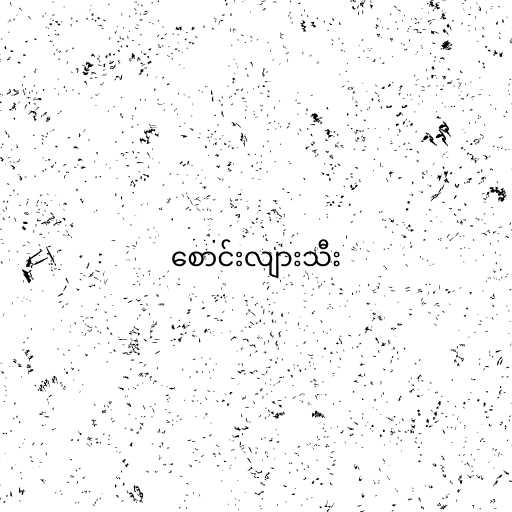
စောင်းလျားသီး